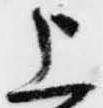
上